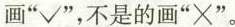
画”√”，不是的画”×”。